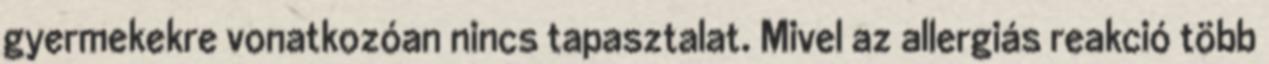
gyermekekre vonatkozóan nincs tapasztalat. Mivel az allergiás reakció több